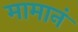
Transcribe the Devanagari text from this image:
मामानं